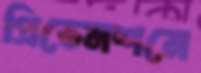
প্রিভেনশনে